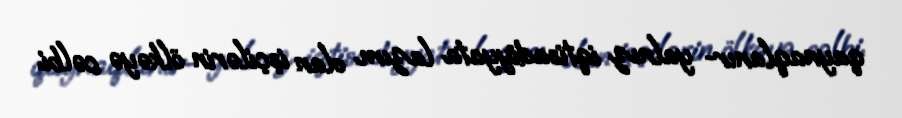
qaynaqlanır- yalnız iqtisadiyyata lazım olan işçilərin ölkəyə cəlbi.